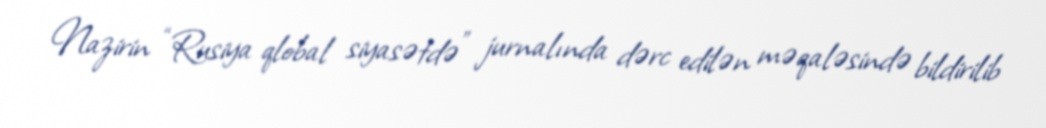
Nazirin “Rusiya qlobal siyasətdə” jurnalında dərc edilən məqaləsində bildirilib